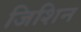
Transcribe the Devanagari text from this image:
जिशिन